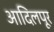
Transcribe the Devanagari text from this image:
आदिलपूर